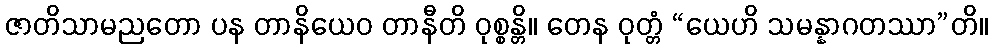
ဇာတိသာမညတော ပန တာနိယေဝ တာနီတိ ဝုစ္စန္တိ။ တေန ဝုတ္တံ “ယေဟိ သမန္နာဂတဿာ”တိ။